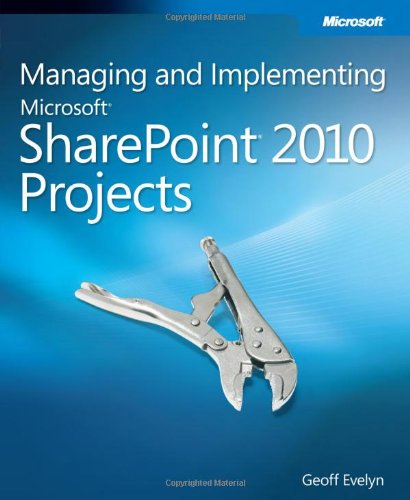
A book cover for Managing and Implementing MicrosoftÂ® SharePointÂ® 2010 Projects; Geoff Evelyn; Computers & Technology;